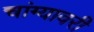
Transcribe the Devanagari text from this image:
चांग्यावरी